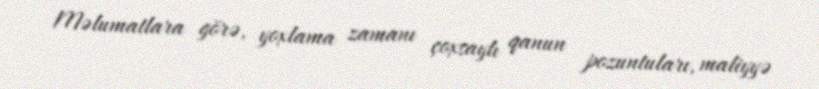
Məlumatlara görə, yoxlama zamanı çoxsaylı qanun pozuntuları, maliyyə